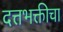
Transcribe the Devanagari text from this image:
दत्तभक्तीचा